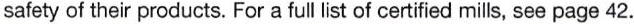
safety of their products. For a full list of certified mills, see page 42.